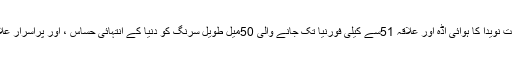
اس وقت بھی امریکی ریاست نویدا کا ہوائی اڈہ اور علاقہ 51سے کیلی فورنیا تک جانے والی 50میل طویل سرنگ کو دنیا کے انتہائی حساس ، اور پراسرار علاقے کی حیثیت حاصل ہے۔